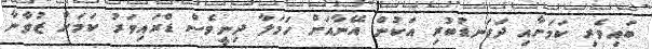
ބައިވެރި ކަމަށާއި ދަގަނޑުބުރި އަކުން އޭނާއަށް ހަމަލާ ދިނީވެސް ޑްރައިވަރު ކަމަށް ޒުވާނާ